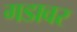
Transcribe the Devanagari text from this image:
गडावर